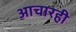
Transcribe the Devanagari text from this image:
आचारही